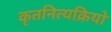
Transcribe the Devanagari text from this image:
कृतनित्यक्रियो